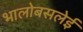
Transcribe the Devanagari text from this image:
भालोबसलेई